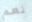
نعم